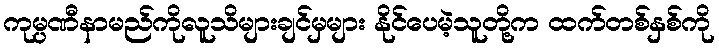
ကုမ္ပဏီနာမည်ကိုလူသိများချင်မှများ နိုင်ပေမဲ့သူတို့က ထက်တစ်နှစ်ကို